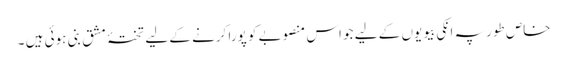
خاص طور پہ انکی بیویوں کے لیے جو اس منصوبے کو پورا کرنے کے لیے تختۂ مشق بنی ہوئی ہیں ۔